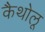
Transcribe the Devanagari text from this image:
कैथोलू